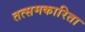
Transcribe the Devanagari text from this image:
तत्समकारिता